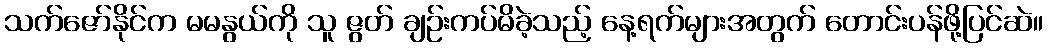
သက်ဇော်နိုင်က မမနွယ်ကို သူ ဇွတ် ချဉ်းကပ်မိခဲ့သည့် နေ့ရက်များအတွက် တောင်းပန်ဖို့ပြင်ဆဲ။